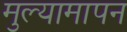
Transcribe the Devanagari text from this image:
मुल्यामापन